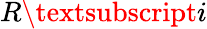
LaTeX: R\textsubscript{i}